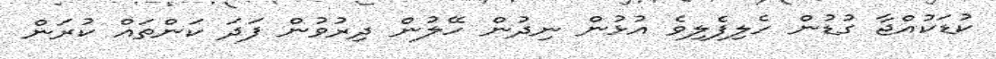
ކުޑަކުއްޖާ ގުޑުން ހެލިފެލިވެ އުޅުން ނިދުން ހޭލުން ދިރުވުން ފަދަ ކަންތައް ކުރަން